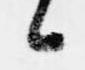
候